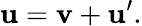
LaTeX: \mathbf{u}=\mathbf{v}+\mathbf{u^{\prime}}.